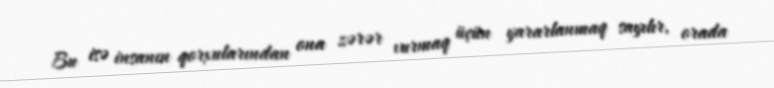
Bu isə insanın qorxularından ona zərər vurmaq üçün yararlanmaq sayılır, orada